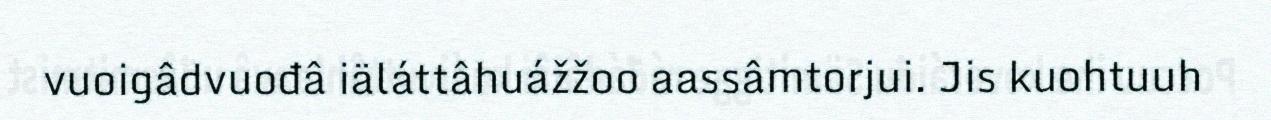
vuoigâdvuođâ iäláttâhuážžoo aassâmtorjui. Jis kuohtuuh